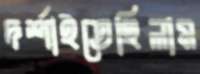
দর্শাইতেছিলাম